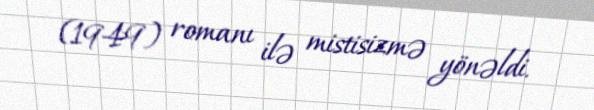
(1949) romanı ilə mistisizmə yönəldi.